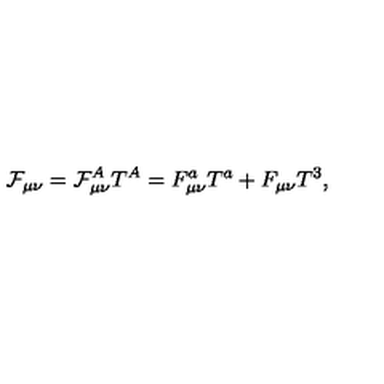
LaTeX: \mathcal { F } _ { \mu \nu } = \mathcal { F } _ { \mu \nu } ^ { A } T ^ { A } = F _ { \mu \nu } ^ { a } T ^ { a } + F _ { \mu \nu } T ^ { 3 } ,